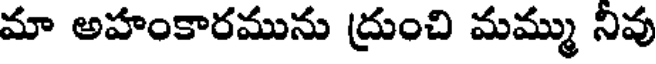
మా అహంకారమును ద్రుంచి మమ్ము నివు